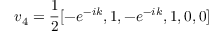
v _ { 4 } = \frac { 1 } { 2 } [ - e ^ { - i k } , 1 , - e ^ { - i k } , 1 , 0 , 0 ]